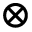
\otimes